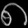
Digit: ၈